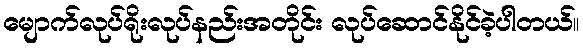
မျောက်လုပ်ရိုးလုပ်နည်းအတိုင်း လုပ်ဆောင်နိုင်ခဲ့ပါတယ်။